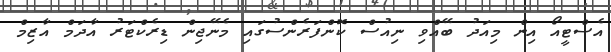
އެސްޓީއޯ އިން މިއަދު ބޭއްވި ނިއުސް ކޮންފަރެންސުގައި މެނޭޖިން ޑިރެކްޓަރު އާދަމް އާޒިމް